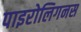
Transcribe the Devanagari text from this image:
पाइरोलिगनस